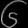
Digit: ၆